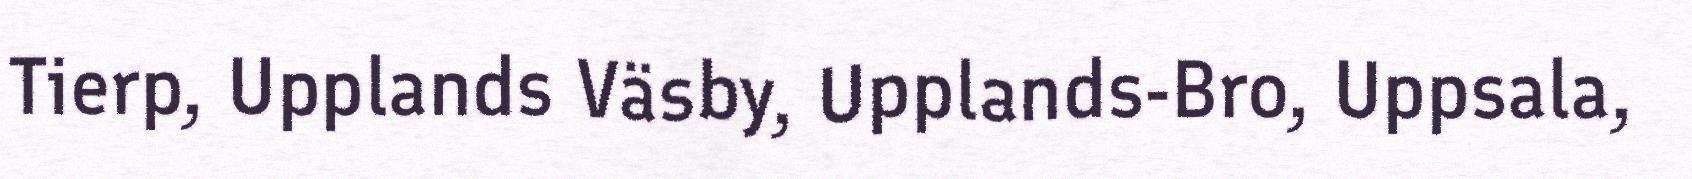
Tierp, Upplands Väsby, Upplands-Bro, Uppsala,